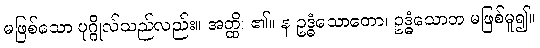
မဖြစ်သော ပုဂ္ဂိုလ်သည်လည်း။ အတ္ထိ၊ ၏။ န ဥဒ္ဓံသောတော၊ ဥဒ္ဓံသောတ မဖြစ်မူ၍။